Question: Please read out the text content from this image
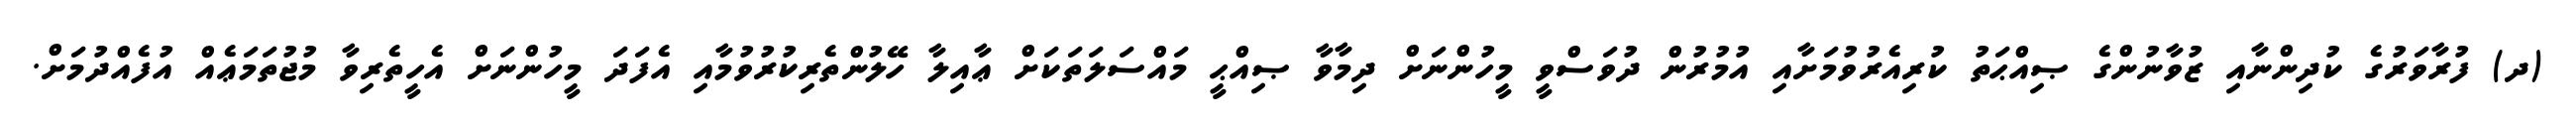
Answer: (ދ) ފުރާވަރުގެ ކުދިންނާއި ޒުވާނުންގެ ޞިއްޙަތު ކުރިއެރުވުމަށާއި އުމުރުން ދުވަސްވީ މީހުންނަށް ދިމާވާ ޞިއްޙީ މައްސަލަތަކަށް ޢާއިލާ ހޭލުންތެރިކުރުވުމާއި އެފަދަ މީހުންނަށް އެހީތެރިވާ މުޖުތަމަޢެއް އުފެއްދުމަށް.